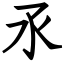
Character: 氶